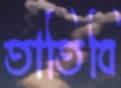
তাতিবি